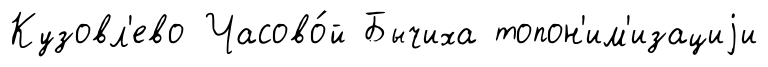
Кузовл'ево Часово́й Бычиха топон'им'изациjи